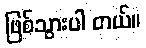
ဖြစ်သွားပါ တယ်။